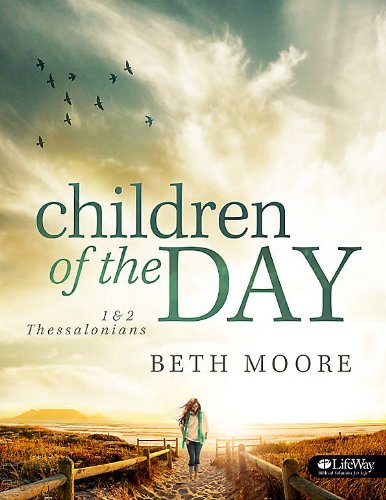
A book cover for Children of the Day: 1 & 2 Thessalonians; Beth Moore; Christian Books & Bibles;